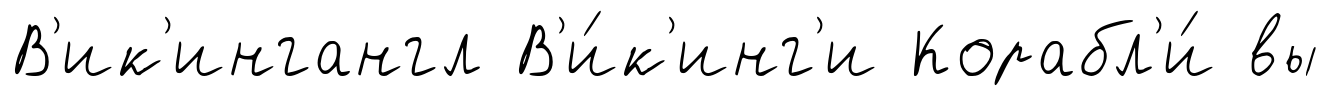
В'ик'ингангл В'и́к'инг'и Корабл'и́ вы